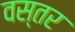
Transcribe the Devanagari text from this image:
वस्तर